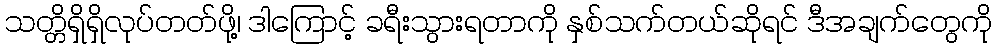
သတ္တိရှိရှိလုပ်တတ်ဖို့၊ ဒါကြောင့် ခရီးသွားရတာကို နှစ်သက်တယ်ဆိုရင် ဒီအချက်တွေကို